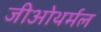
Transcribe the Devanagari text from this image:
जीओथर्मल